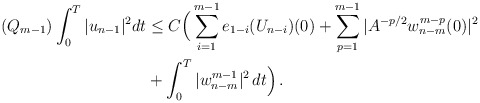
\begin{align*} (Q_{m-1}) \int_0^T |u_{n-1}|^2 dt & \le C\Big(\sum_{i=1}^{m-1} e_{1-i}(U_{n-i})(0) + \sum_{p=1}^{m-1} |A^{-p/2} w_{n-m}^{m-p}(0)|^2 \\&+\int_0^T |w_{n-m}^{m-1}|^2 \,dt\Big) \,.\end{align*}